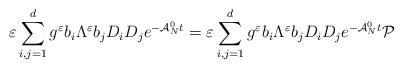
\begin{align*}\varepsilon \sum_{i,j=1}^d g^\varepsilon b_i \Lambda^\varepsilon b_j D_i D_j e^{-\mathcal{A}_N^0t}= \varepsilon \sum_{i,j=1}^d g^\varepsilon b_i \Lambda^\varepsilon b_j D_i D_j e^{-\mathcal{A}_N^0t} {\mathcal P}\end{align*}